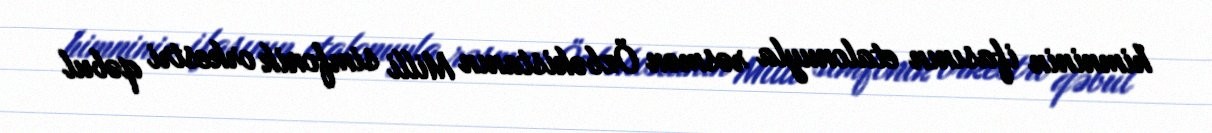
himninin ifasının etalonuyla rəsmən Özbəkistanın Milli simfonik orkestri qəbul